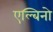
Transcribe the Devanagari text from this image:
एल्बिनो